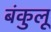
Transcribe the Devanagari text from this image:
बंकुलू